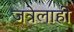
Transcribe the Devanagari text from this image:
जत्रेलाही